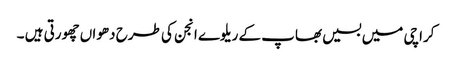
کراچی میں بسیں بھاپ کے ریلوے انجن کی طرح دھواں چھورتی ہیں ۔